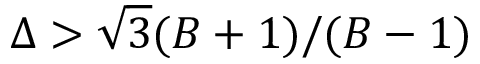
\Delta > \sqrt { 3 } ( B + 1 ) / ( B - 1 )